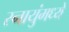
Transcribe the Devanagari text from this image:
स्नायुंमध्ये